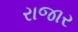
રાજાર